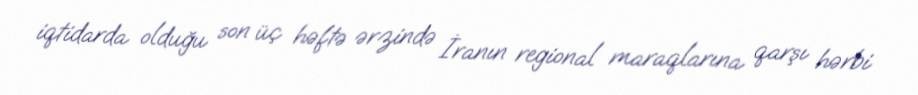
iqtidarda olduğu son üç həftə ərzində İranın regional maraqlarına qarşı hərbi